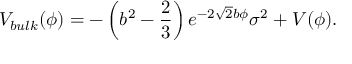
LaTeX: V _ { b u l k } ( \phi ) = - \left( b ^ { 2 } - \frac { 2 } { 3 } \right) e ^ { - 2 \sqrt { 2 } b \phi } \sigma ^ { 2 } + V ( \phi ) .